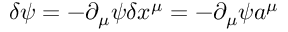
\delta \psi = - \partial _ { \mu } \psi \delta x ^ { \mu } = - \partial _ { \mu } \psi a ^ { \mu }